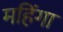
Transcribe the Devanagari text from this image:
महिंगा